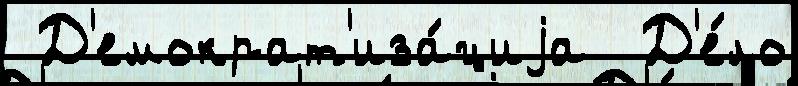
 Д'емократ'иза́циjа  Д'е́ло